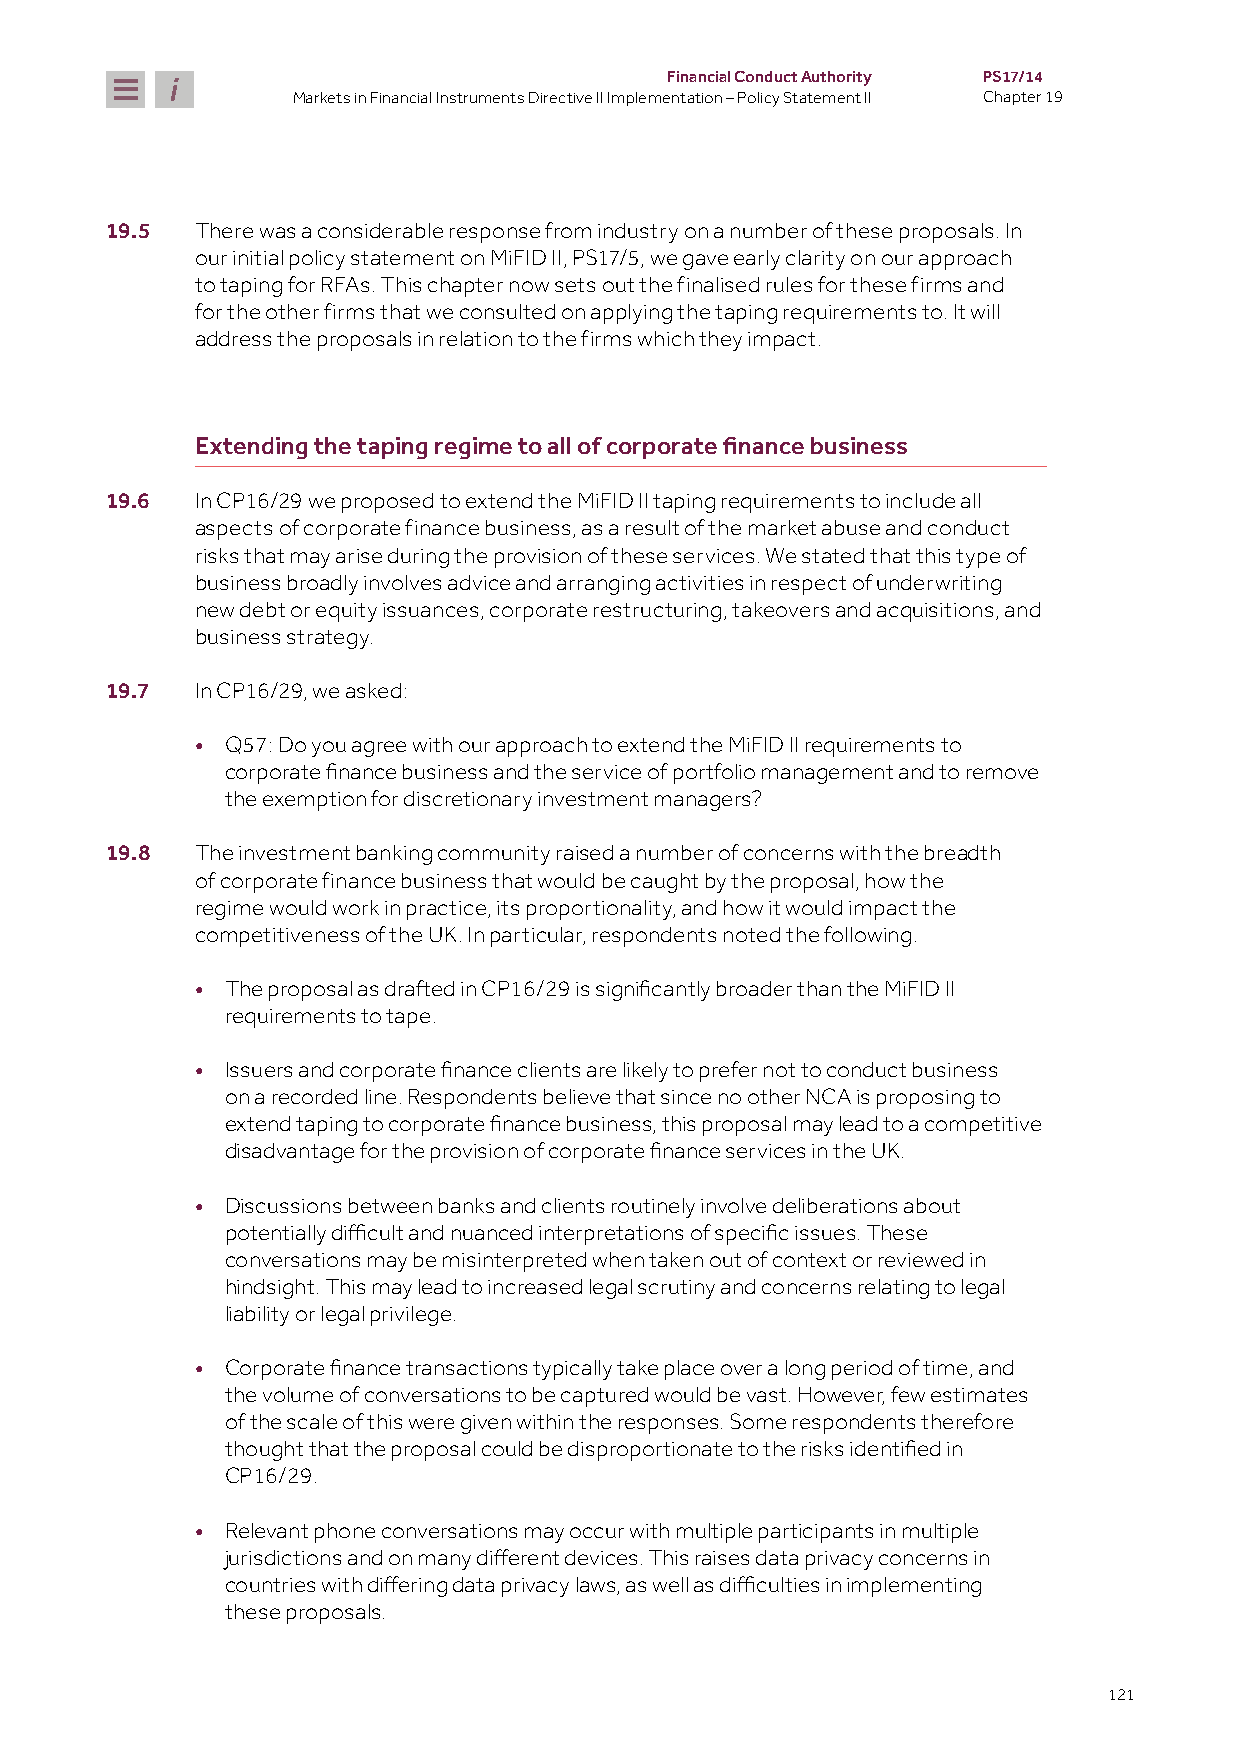
Financial Conduct Authority PS17/14
 Markets in Financial Instruments Directive II Implementation – Policy Statement II Chapter 19
 19.5  There was a considerable response from industry on a number of these proposals. In
 our initial policy statement on MiFID II, PS17/5, we gave early clarity on our approach
 to taping for RFAs. This chapter now sets out the finalised rules for these firms and
 for the other firms that we consulted on applying the taping requirements to. It will
 address the proposals in relation to the firms which they impact.
 Extending the taping regime to all of corporate finance business
 19.6  In CP16/29 we proposed to extend the MiFID II taping requirements to include all
 aspects of corporate finance business, as a result of the market abuse and conduct
 risks that may arise during the provision of these services. We stated that this type of
 business broadly involves advice and arranging activities in respect of underwriting
 new debt or equity issuances, corporate restructuring, takeovers and acquisitions, and
 business strategy.
 19.7  In CP16/29, we asked:
 • Q57: Do you agree with our approach to extend the MiFID II requirements to
 corporate finance business and the service of portfolio management and to remove
 the exemption for discretionary investment managers?
 19.8  The investment banking community raised a number of concerns with the breadth
 of corporate finance business that would be caught by the proposal, how the
 regime would work in practice, its proportionality, and how it would impact the
 competitiveness of the UK. In particular, respondents noted the following.
 •
 The proposal as drafted in CP16/29 is significantly broader than the MiFID II
 requirements to tape.
 •
 Issuers and corporate finance clients are likely to prefer not to conduct business
 on a recorded line. Respondents believe that since no other NCA is proposing to
 extend taping to corporate finance business, this proposal may lead to a competitive
 disadvantage for the provision of corporate finance services in the UK.
 • Discussions between banks and clients routinely involve deliberations about
 potentially difficult and nuanced interpretations of specific issues. These
 conversations may be misinterpreted when taken out of context or reviewed in
 hindsight. This may lead to increased legal scrutiny and concerns relating to legal
 liability or legal privilege.
 •
 Corporate finance transactions typically take place over a long period of time, and
 the volume of conversations to be captured would be vast. However, few estimates
 of the scale of this were given within the responses. Some respondents therefore
 thought that the proposal could be disproportionate to the risks identified in
 CP16/29.
 • Relevant phone conversations may occur with multiple participants in multiple
 jurisdictions and on many different devices. This raises data privacy concerns in
 countries with differing data privacy laws, as well as difficulties in implementing
 these proposals.
 121